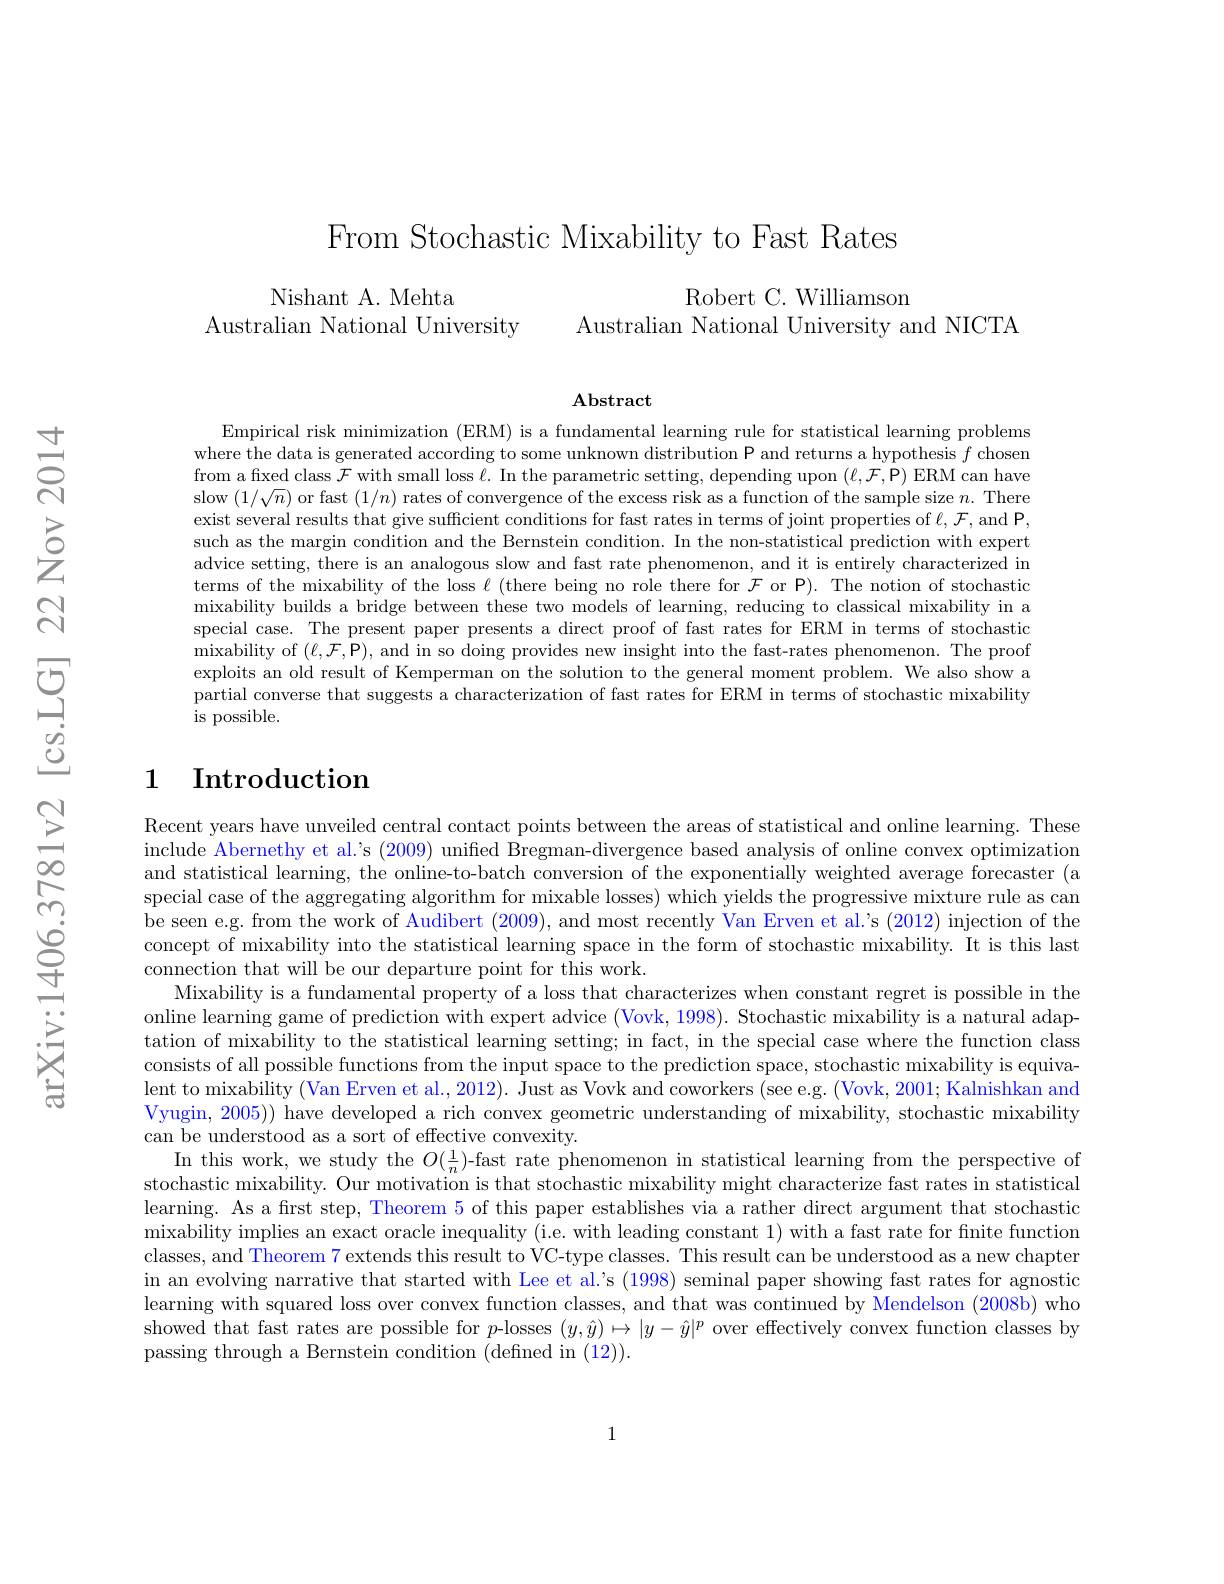
From Stochastic Mixability to Fast Rates

Robert C. Williamson

Nishant A. Mehta
Australian National University
Australian National University and NICTA

Abstract

Empirical risk minimization (ERM) is a fundamental learning rule for statistical learning problems where the data is generated according to some unknown distribution P and returns a hypothesis $f$ chosen from a fixed class $\mathcal{F}$ with small loss $\ell.$ In the parametric setting, depending upon $(\ell,\mathcal{F},\mathcal{P})$ ERM can have slow $(1/\sqrt n)$ or fast $(1/n)$ rates of convergence of the excess risk as a function of the sample size $n.$ There exist several results that give sufficient conditions for fast rates in terms of joint properties of $\ell,\mathcal{F}$, and P, such as the margin condition and the Bernstein condition. In the non-statistical prediction with expert advice setting, there is an analogous slow and fast rate phenomenon, and it is entirely characterized in terms of the mixability of the loss $\ell$ (there being no role there for $\mathcal{F}$ or P). The notion of stochastic mixability builds a bridge between these two models of learning, reducing to classical mixability in a special case. The present paper presents a direct proof of fast rates for ERM in terms of stochastic mixability of $(\ell,\mathcal{F},\mathcal{P})$, and in so doing provides new insight into the fast-rates phenomenon. The proof exploits an old result of Kemperman on the solution to the general moment problem. We also show a partial converse that suggests a characterization of fast rates for ERM in terms of stochastic mixability is possible.

# 1 Introduction

Recent years have unveiled central contact points between the areas of statistical and online learning. These include Abernethy et al.'s (2009) unified Bregman-divergence based analysis of online convex optimization and statistical learning, the online-to-batch conversion of the exponentially weighted average forecaster (a special case of the aggregating algorithm for mixable losses) which yields the progressive mixture rule as can be seen e.g. from the work of Audibert (2009), and most recently Van Erven et al.'s (2012) injection of the concept of mixability into the statistical learning space in the form of stochastic mixability. It is this last connection that will be our departure point for this work.
Mixability is a fundamental property of a loss that characterizes when constant regret is possible in the online learning game of prediction with expert advice (Vovk, 1998). Stochastic mixability is a natural adaptation of mixability to the statistical learning setting; in fact, in the special case where the function class consists of all possible functions from the input space to the prediction space, stochastic mixability is equivalent to mixability (Van Erven et al., 2012). Just as Vovk and coworkers (see e.g. (Vovk, 2001; Kalnishkan and Vyugin, 2005)) have developed a rich convex geometric understanding of mixability, stochastic mixability can be understood as a sort of effective convexity.
In this work, we study the $O(\frac1n)$-fast rate phenomenon in statistical learning from the perspective of stochastic mixability. Our motivation is that stochastic mixability might characterize fast rates in statistical learning. As a first step, Theorem 5 of this paper establishes via a rather direct argument that stochastic mixability implies an exact oracle inequality (i.e. with leading constant 1) with a fast rate for fnite function classes, and Theorem 7 extends this result to VC-type classes. This result can be understood as a new chapter in an evolving narrative that started with Lee et al.'s (1998) seminal paper showing fast rates for agnostic learning with squared loss over convex function classes, and that was continued by Mendelson (2008b) who showed that fast rates are possible for $p$-losses $(y,\hat{y})\mapsto|y-\hat{y}|^p$ over effectively convex function classes by passing through a Bernstein condition (defined in (12)).

1